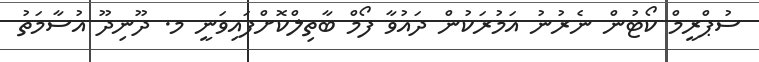
ސުޕްރީމް ކޯޓުން ނެރުނު އަމުރަކުން ދައުވާ ފޯމް ބާތިލްކޮށްފައިވަނީ މ. ދޫނިދޫ އުސާމަތު